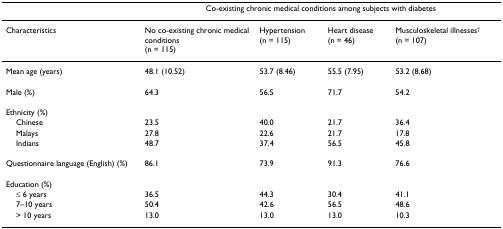
<table><thead><tr><td></td><td colspan="4"><b>Co-existing chronic medical conditions among subjects with diabetes</b></td></tr></thead><tbody><tr><td>Characteristics</td><td>No co-existing chronic medical conditions(n = 115)</td><td>Hypertension(n = 115)</td><td>Heart disease(n = 46)</td><td>Musculoskeletal illnesses<sup>† </sup>(n = 107)</td></tr><tr><td>Mean age (years)</td><td>48.1 (10.52)</td><td>53.7 (8.46)</td><td>55.5 (7.95)</td><td>53.2 (8.68)</td></tr><tr><td>Male (%)</td><td>64.3</td><td>56.5</td><td>71.7</td><td>54.2</td></tr><tr><td>Ethnicity (%)</td><td></td><td></td><td></td><td></td></tr><tr><td> Chinese</td><td>23.5</td><td>40.0</td><td>21.7</td><td>36.4</td></tr><tr><td> Malays</td><td>27.8</td><td>22.6</td><td>21.7</td><td>17.8</td></tr><tr><td> Indians</td><td>48.7</td><td>37.4</td><td>56.5</td><td>45.8</td></tr><tr><td>Questionnaire language (English) (%)</td><td>86.1</td><td>73.9</td><td>91.3</td><td>76.6</td></tr><tr><td>Education (%)</td><td></td><td></td><td></td><td></td></tr><tr><td> ≤ 6 years</td><td>36.5</td><td>44.3</td><td>30.4</td><td>41.1</td></tr><tr><td> 7–10 years</td><td>50.4</td><td>42.6</td><td>56.5</td><td>48.6</td></tr><tr><td> &gt; 10 years</td><td>13.0</td><td>13.0</td><td>13.0</td><td>10.3</td></tr></tbody></table>